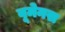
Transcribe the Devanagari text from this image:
वूमेनस